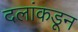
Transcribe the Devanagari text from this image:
दलांकडून